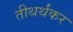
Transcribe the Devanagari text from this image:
तीथर्थंकर